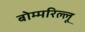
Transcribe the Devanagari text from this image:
बोम्मरिल्लू